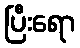
ပြီးရော